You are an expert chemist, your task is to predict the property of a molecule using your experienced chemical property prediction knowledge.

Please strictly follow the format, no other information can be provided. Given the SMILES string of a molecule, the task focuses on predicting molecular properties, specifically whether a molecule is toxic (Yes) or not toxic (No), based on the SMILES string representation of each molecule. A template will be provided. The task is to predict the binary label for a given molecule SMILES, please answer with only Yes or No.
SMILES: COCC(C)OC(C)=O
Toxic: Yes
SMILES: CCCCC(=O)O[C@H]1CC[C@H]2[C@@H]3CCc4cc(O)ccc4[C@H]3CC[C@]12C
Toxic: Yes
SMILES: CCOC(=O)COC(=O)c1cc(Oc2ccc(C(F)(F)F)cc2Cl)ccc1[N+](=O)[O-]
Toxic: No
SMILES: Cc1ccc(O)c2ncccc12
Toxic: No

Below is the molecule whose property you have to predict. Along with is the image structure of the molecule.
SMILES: CCCCOC(=O)C(C)O
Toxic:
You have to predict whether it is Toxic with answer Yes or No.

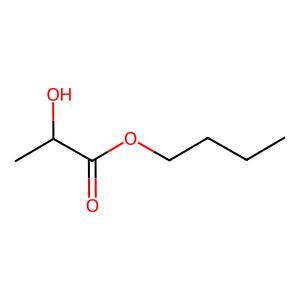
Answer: No